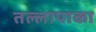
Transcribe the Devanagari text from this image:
तल्लापाका